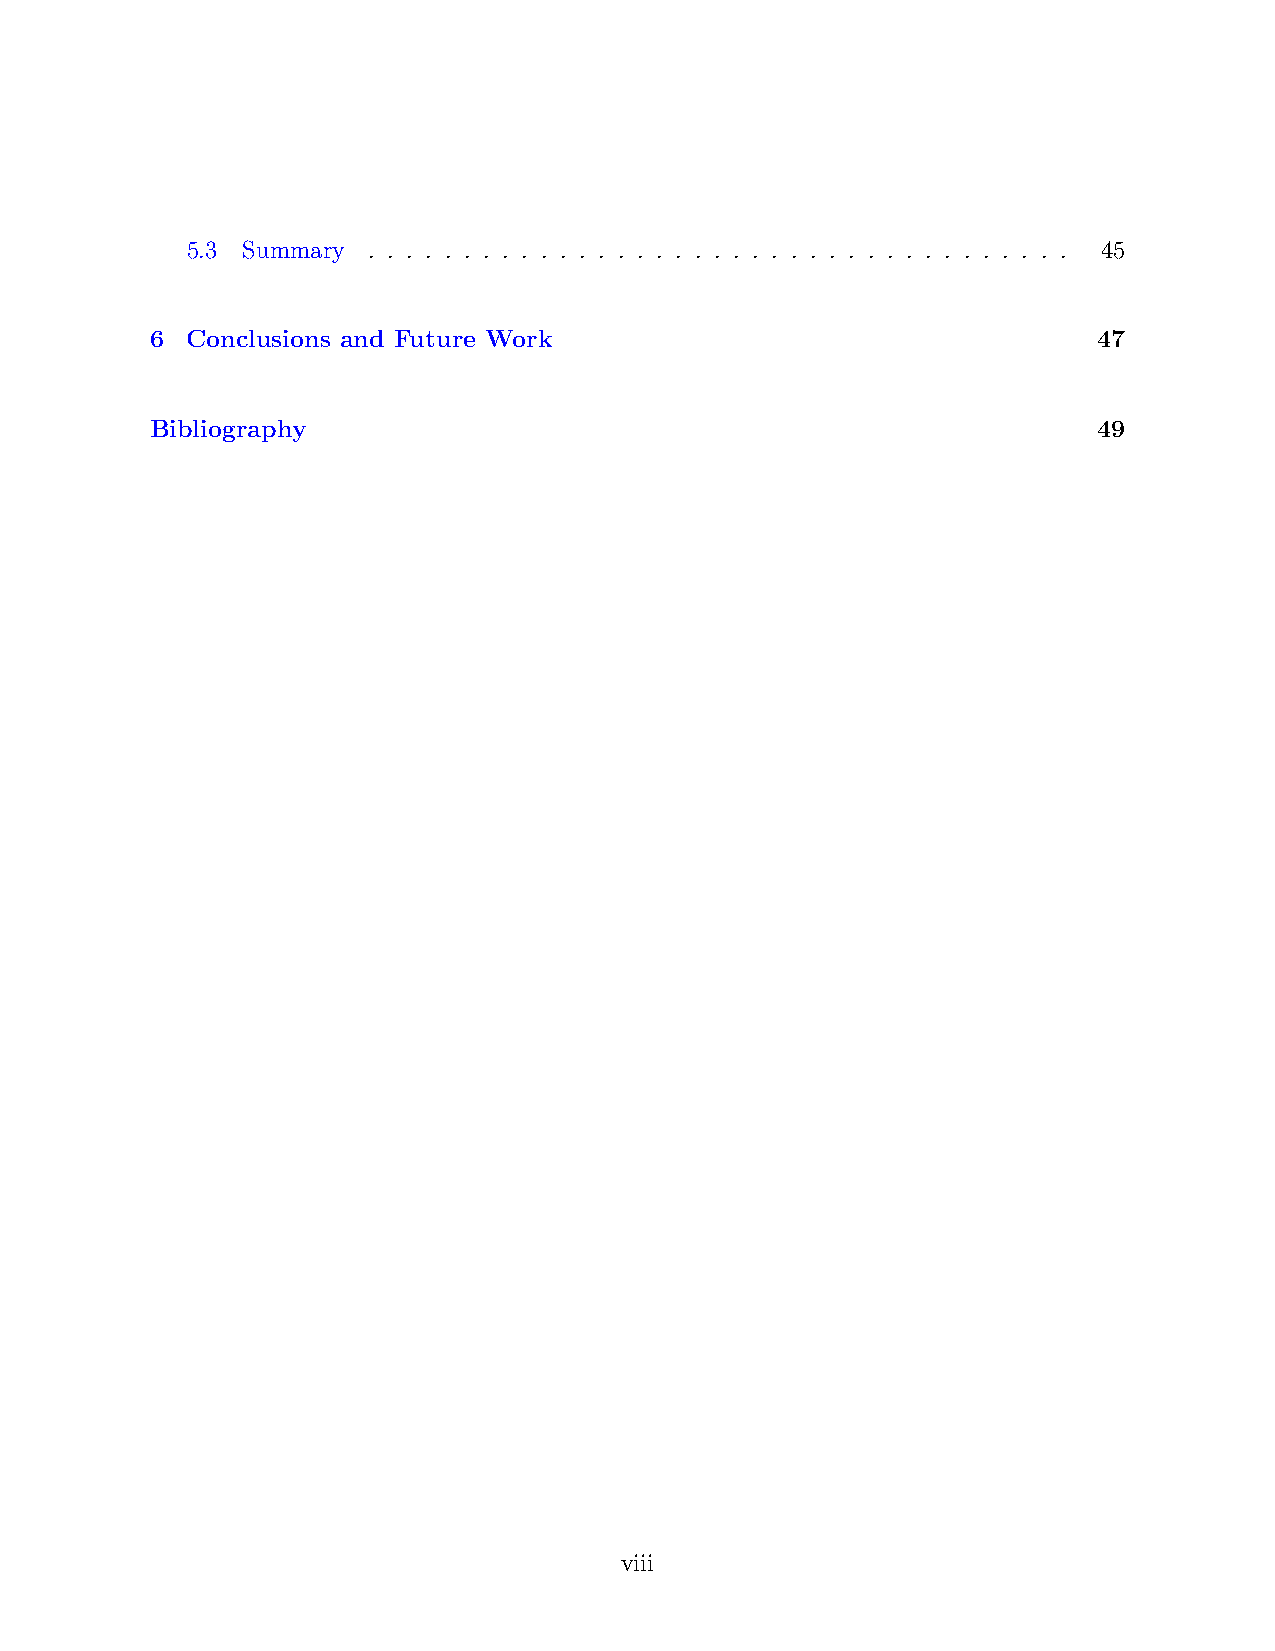
5.3 Summary . . . . . . . . . . . . . . . . . . . . . . . . . . . . . . . . . . . . . 45
 6 Conclusions and Future Work                                  47
 Bibliography                                                   49
 viii